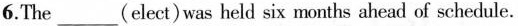
6.The___(elect) was held six months ahead of schedule.